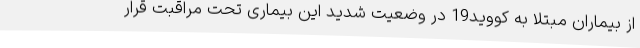
از بیماران مبتلا به کووید19 در وضعیت شدید این بیماری تحت مراقبت قرار